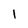
Character: l